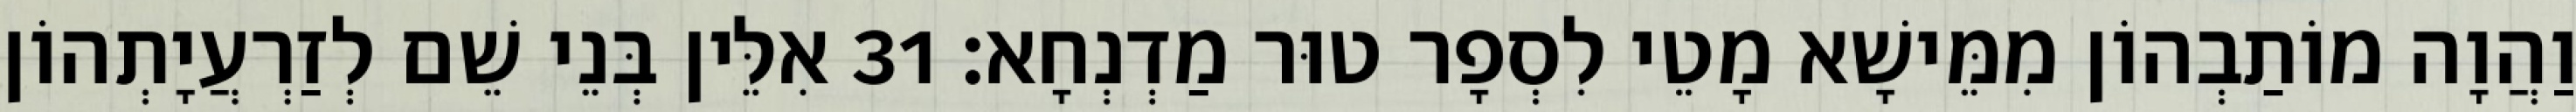
וַהֲוָה מוֹתַבְהוֹן מִמֵּישָׁא מָטֵי לִסְפָר טוּר מַדְנְחָא׃ 31 אִלֵּין בְּנֵי שֵׁם לְזַרְעֲיָתְהוֹן